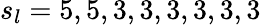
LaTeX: s_{l}=5,5,3,3,3,3,3,3